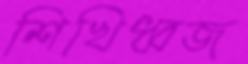
শিখিধ্বজ